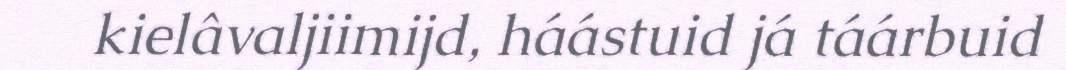
kielâvaljiimijd, háástuid já táárbuid